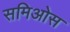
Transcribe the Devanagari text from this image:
समिओस